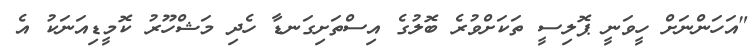
"އަހަންނަށް ހީވަނީ ޕޮލިސީ ތަކަށްވުރެ ބޮލުގެ އިސްތަށިގަނޑާ ހެދި މަޝްހޫރު ކޮމީޑިއަނަކު އެ